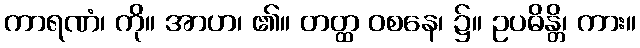
ကာရဏံ၊ ကို။ အာဟ၊ ၏။ တတ္ထ ဝစနေ၊ ၌။ ဥပဓိန္တိ၊ ကား။